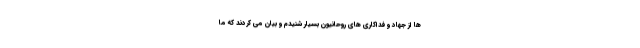
ها از جهاد و فداکاری های روحانیون بسیار شنیدم و بیان می کردند که ما